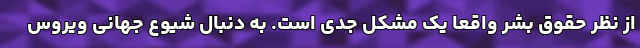
از نظر حقوق بشر واقعاً یک مشکل جدی است. به دنبال شیوع جهانی ویروس